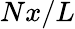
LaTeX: Nx/L